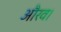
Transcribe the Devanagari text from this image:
औरव।